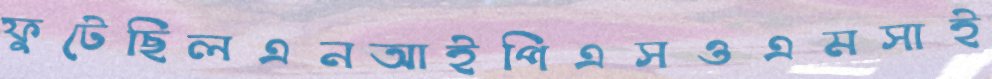
ফুটেছিলএনআইপিএসওএমসাই